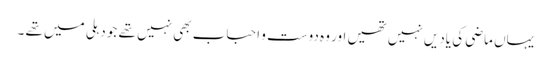
یہاں ماضی کی یادیں نہیں تھیں اور وہ دوست و احباب بھی نہیں تھے جو دہلی میں تھے ۔